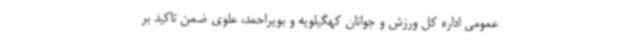
عمومی اداره کل ورزش و جوانان کهگیلویه و بویراحمد، علوی ضمن تاکید بر